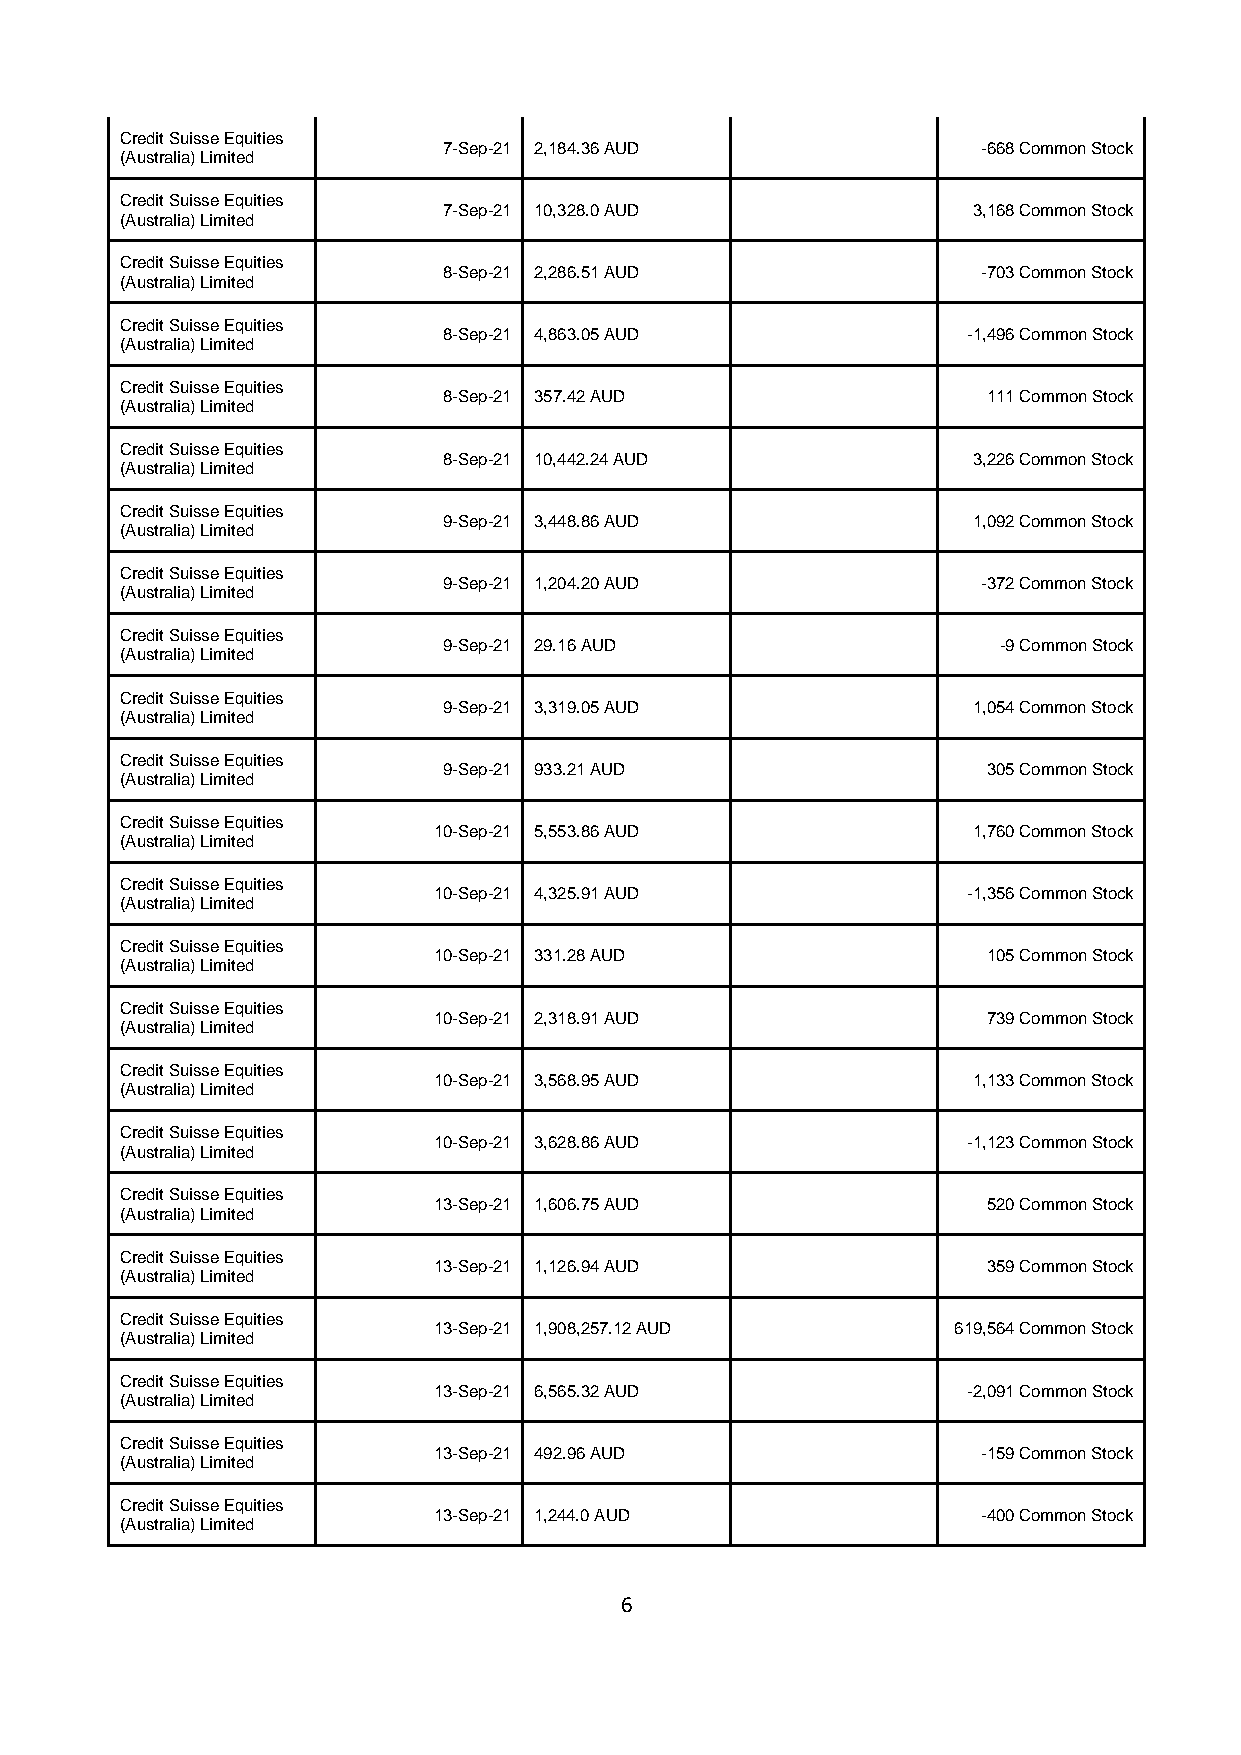
Credit Suisse Equities
 7-Sep-21 2,184.36 AUD               -668 Common Stock
 (Australia) Limited
 Credit Suisse Equities
 7-Sep-21 10,328.0 AUD              3,168 Common Stock
 (Australia) Limited
 Credit Suisse Equities
 8-Sep-21 2,286.51 AUD               -703 Common Stock
 (Australia) Limited
 Credit Suisse Equities
 8-Sep-21 4,863.05 AUD              -1,496 Common Stock
 (Australia) Limited
 Credit Suisse Equities
 8-Sep-21 357.42 AUD                 111 Common Stock
 (Australia) Limited
 Credit Suisse Equities
 8-Sep-21 10,442.24 AUD             3,226 Common Stock
 (Australia) Limited
 Credit Suisse Equities
 9-Sep-21 3,448.86 AUD              1,092 Common Stock
 (Australia) Limited
 Credit Suisse Equities
 9-Sep-21 1,204.20 AUD               -372 Common Stock
 (Australia) Limited
 Credit Suisse Equities
 9-Sep-21 29.16 AUD                   -9 Common Stock
 (Australia) Limited
 Credit Suisse Equities
 9-Sep-21 3,319.05 AUD              1,054 Common Stock
 (Australia) Limited
 Credit Suisse Equities
 9-Sep-21 933.21 AUD                 305 Common Stock
 (Australia) Limited
 Credit Suisse Equities
 10-Sep-21 5,553.86 AUD             1,760 Common Stock
 (Australia) Limited
 Credit Suisse Equities
 10-Sep-21 4,325.91 AUD             -1,356 Common Stock
 (Australia) Limited
 Credit Suisse Equities
 10-Sep-21 331.28 AUD                105 Common Stock
 (Australia) Limited
 Credit Suisse Equities
 10-Sep-21 2,318.91 AUD              739 Common Stock
 (Australia) Limited
 Credit Suisse Equities
 10-Sep-21 3,568.95 AUD             1,133 Common Stock
 (Australia) Limited
 Credit Suisse Equities
 10-Sep-21 3,628.86 AUD             -1,123 Common Stock
 (Australia) Limited
 Credit Suisse Equities
 13-Sep-21 1,606.75 AUD              520 Common Stock
 (Australia) Limited
 Credit Suisse Equities
 13-Sep-21 1,126.94 AUD              359 Common Stock
 (Australia) Limited
 Credit Suisse Equities
 13-Sep-21 1,908,257.12 AUD        619,564 Common Stock
 (Australia) Limited
 Credit Suisse Equities
 13-Sep-21 6,565.32 AUD             -2,091 Common Stock
 (Australia) Limited
 Credit Suisse Equities
 13-Sep-21 492.96 AUD                -159 Common Stock
 (Australia) Limited
 Credit Suisse Equities
 13-Sep-21 1,244.0 AUD               -400 Common Stock
 (Australia) Limited
 6